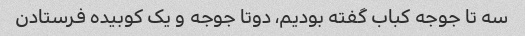
سه تا جوجه کباب گفته بودیم، دوتا جوجه و یک کوبیده فرستادن